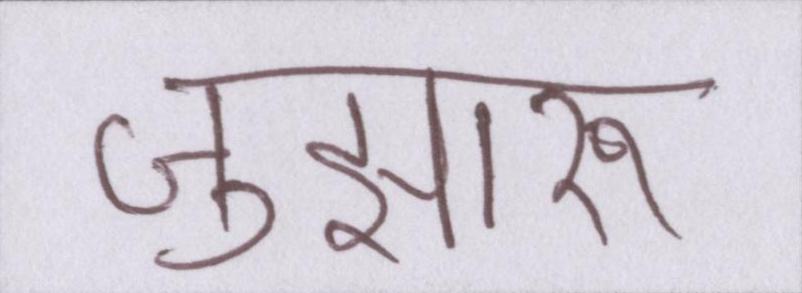
जुझारू